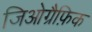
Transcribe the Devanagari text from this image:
जिओग्रैफ़िक